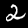
Label: 2